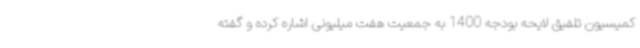
کمیسیون تلفیق لایحه بودجه 1400 به جمعیت هفت میلیونی اشاره کرده و گفته